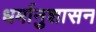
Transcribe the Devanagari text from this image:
धर्मानुशासन